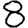
Digit: 8